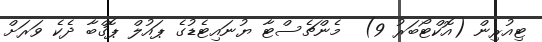
ޓިއުރިން (އޮކްޓޯބަރު 9)  މެންޗެސްޓާ ޔުނައިޓެޑުގެ ޕައުލް ޕޮގްބާ ދެކެ ވަރަށް